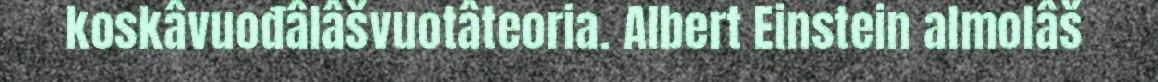
koskâvuođâlâšvuotâteoria. Albert Einstein almolâš